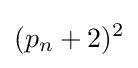
(p_{n}+2)^{2}